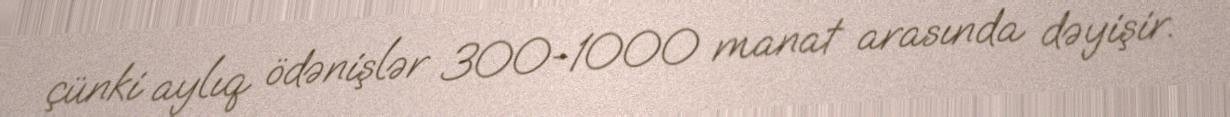
çünki aylıq ödənişlər 300-1000 manat arasında dəyişir.